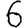
Digit: 6